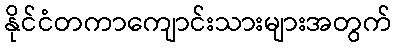
နိုင်ငံတကာကျောင်းသားများအတွက်